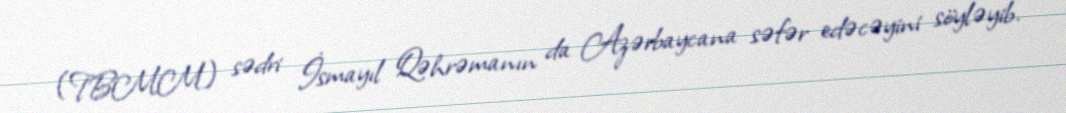
(TBMM) sədri İsmayıl Qəhrəmanın da Azərbaycana səfər edəcəyini söyləyib.